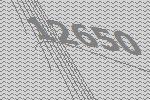
12650